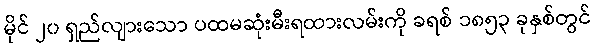
မိုင် ၂၀ ရှည်လျားသော ပထမဆုံးမီးရထားလမ်းကို ခရစ် ၁၈၅၃ ခုနှစ်တွင်